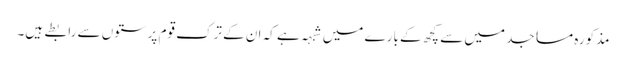
مذکورہ مساجد میں سے کچھ کے بارے میں شبہہ ہے کہ ان کے ترک قوم پرستوں سے رابطے ہیں۔